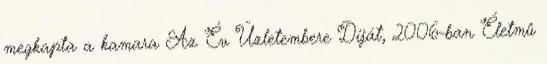
megkapta a kamara Az Év Üzletembere Díját, 2006-ban Életmû